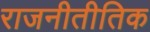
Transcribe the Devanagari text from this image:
राजनीतीतिक